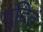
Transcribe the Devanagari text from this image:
मुदितं